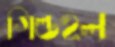
গিল্ডহল